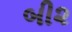
બી૨